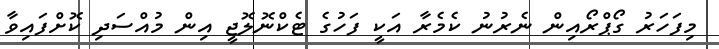
މިފަހަރު ގޯޕްރޯއިން ނެރުނު ކެމެރާ އަކީ ފަހުގެ ޓެކްނޮލޮޖީ އިން މުއްސަދި ކޮށްފައިވާ